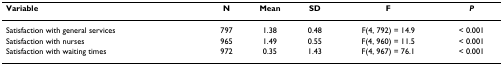
| Variable | N | Mean | SD | F | P |
 | --- | --- | --- | --- | --- | --- |
 | Satisfaction with general services | 797 | 1.38 | 0.48 | F(4, 792) = 14.9 | < 0.001 |
 | Satisfaction with nurses | 965 | 1.49 | 0.55 | F(4, 960) = 11.5 | < 0.001 |
 | Satisfaction with waiting times | 972 | 0.35 | 1.43 | F(4, 967) = 76.1 | < 0.001 |